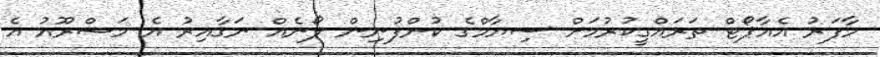
މާފަރު އެއާޕޯޓް ތަރައްގީކުރުމަށް ސިޔާމްގެ ކުންފުނިން ލޯނެއް ނަގާއިރު އެ މަޝްރޫއު އެ